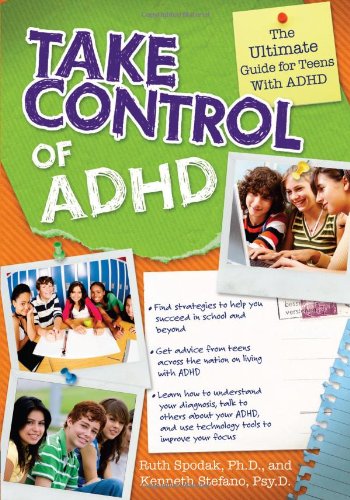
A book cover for Take Control of ADHD: The Ultimate Guide for Teens with ADHD; Ruth Spodak Ph.D; Teen & Young Adult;